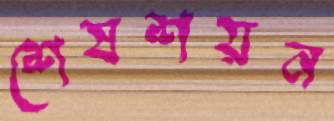
শেষশয়ন